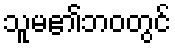
သူမ၏ဘဝတွင်